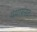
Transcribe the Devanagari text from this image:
यथावसत